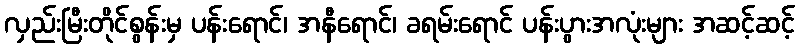
လှည်းမြီးတိုင်စွန်းမှ ပန်းရောင်၊ အနီရောင်၊ ခရမ်းရောင် ပန်းပွားအလုံးများ အဆင့်ဆင့်